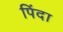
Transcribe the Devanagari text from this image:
पिंदा